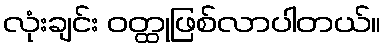
လုံးချင်း ဝတ္ထုဖြစ်လာပါတယ်။